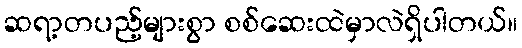
ဆရာ့တပည့်များစွာ စစ်ဆေးထဲမှာလဲရှိပါတယ်။